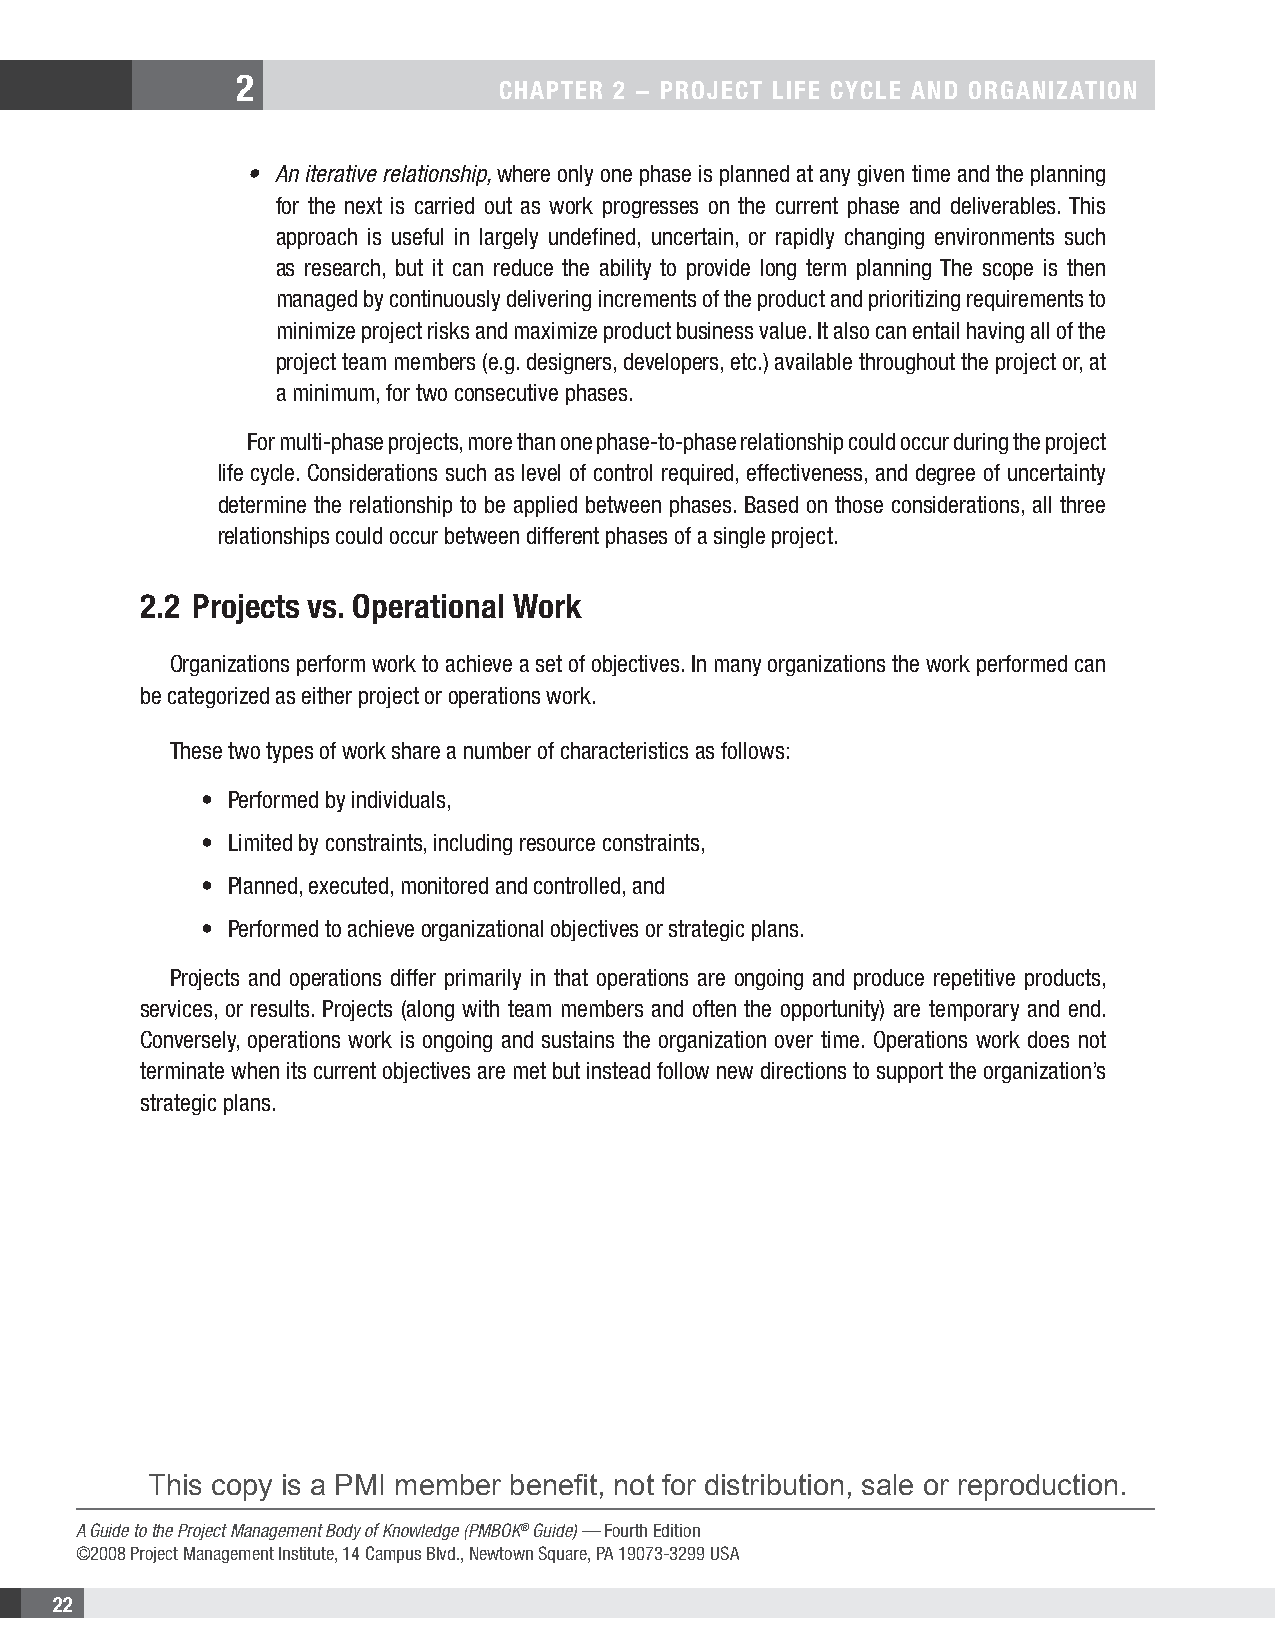
2
 CHAPTER 2 − PROJECT LIFE CYCLE AND ORGANIZATION
 • An iterative relationship, where only one phase is planned at any given time and the planning
 for the next is carried out as work progresses on the current phase and deliverables. This
 approach is useful in largely undefined, uncertain, or rapidly changing environments such
 as research, but it can reduce the ability to provide long term planning The scope is then
 managed by continuously delivering increments of the product and prioritizing requirements to
 minimize project risks and maximize product business value. It also can entail having all of the
 project team members (e.g. designers, developers, etc.) available throughout the project or, at
 a minimum, for two consecutive phases.
 For multi-phase projects, more than one phase-to-phase relationship could occur during the project
 life cycle. Considerations such as level of control required, effectiveness, and degree of uncertainty
 determine the relationship to be applied between phases. Based on those considerations, all three
 relationships could occur between different phases of a single project.
 2.2 Projects vs. Operational Work
 Organizations perform work to achieve a set of objectives. In many organizations the work performed can
 be categorized as either project or operations work.
 These two types of work share a number of characteristics as follows:
 • Performed by individuals,
 • Limited by constraints, including resource constraints,
 • Planned, executed, monitored and controlled, and
 • Performed to achieve organizational objectives or strategic plans.
 Projects and operations differ primarily in that operations are ongoing and produce repetitive products,
 services, or results. Projects (along with team members and often the opportunity) are temporary and end.
 Conversely, operations work is ongoing and sustains the organization over time. Operations work does not
 terminate when its current objectives are met but instead follow new directions to support the organization’s
 strategic plans.
 This copy is a PMI member benefit, not for distribution, sale or reproduction.
 A Guide to the Project Management Body of Knowledge (PMBOK® Guide) — Fourth Edition
 ©2008 Project Management Institute, 14 Campus Blvd., Newtown Square, PA 19073-3299 USA
 22